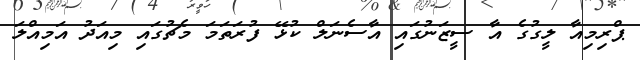
ޕްރިމިއާ ލީގުގެ އާ ސީޒަނުގައި އާސެނަލް ކުޅޭ ފުރަތަމަ މެޗުގައި މިއަދު އަމިއްލަ